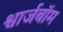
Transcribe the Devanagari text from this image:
श्वार्जबॉम